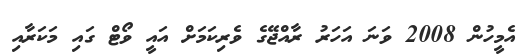
އެމީހުން 2008 ވަނަ އަހަރު ރާއްޖޭގެ ވެރިކަމަށް އައީ ވޯޓް ގައި މަކަރާއި